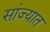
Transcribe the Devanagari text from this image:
सांज्यात